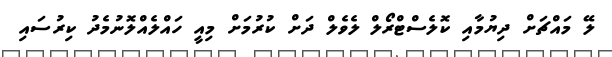
ލޭ މައްޗަށް ދިޔުމާއި ކޮލެސްޓްރޯލް ލެވެލް ދަށް ކުރުމަށް މިއީ ހައްލެއްލޮނުމެދު ކިރުސައި